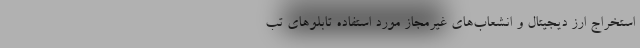
استخراج ارز دیجیتال و انشعاب‌های غیرمجاز مورد استفاده تابلوهای تب